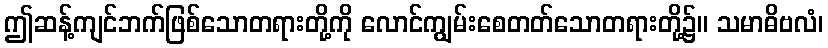
ဤဆန့်ကျင်ဘက်ဖြစ်သောတရားတို့ကို လောင်ကျွမ်းစေတတ်သောတရားတို့၌။ သမာဓိဗလံ၊